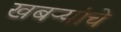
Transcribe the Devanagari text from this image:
खबऱ्यांचे